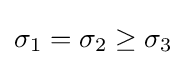
\sigma _{1}=\sigma _{2}\geq \sigma _{3}